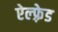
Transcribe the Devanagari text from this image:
ऐल्फ़्रेड